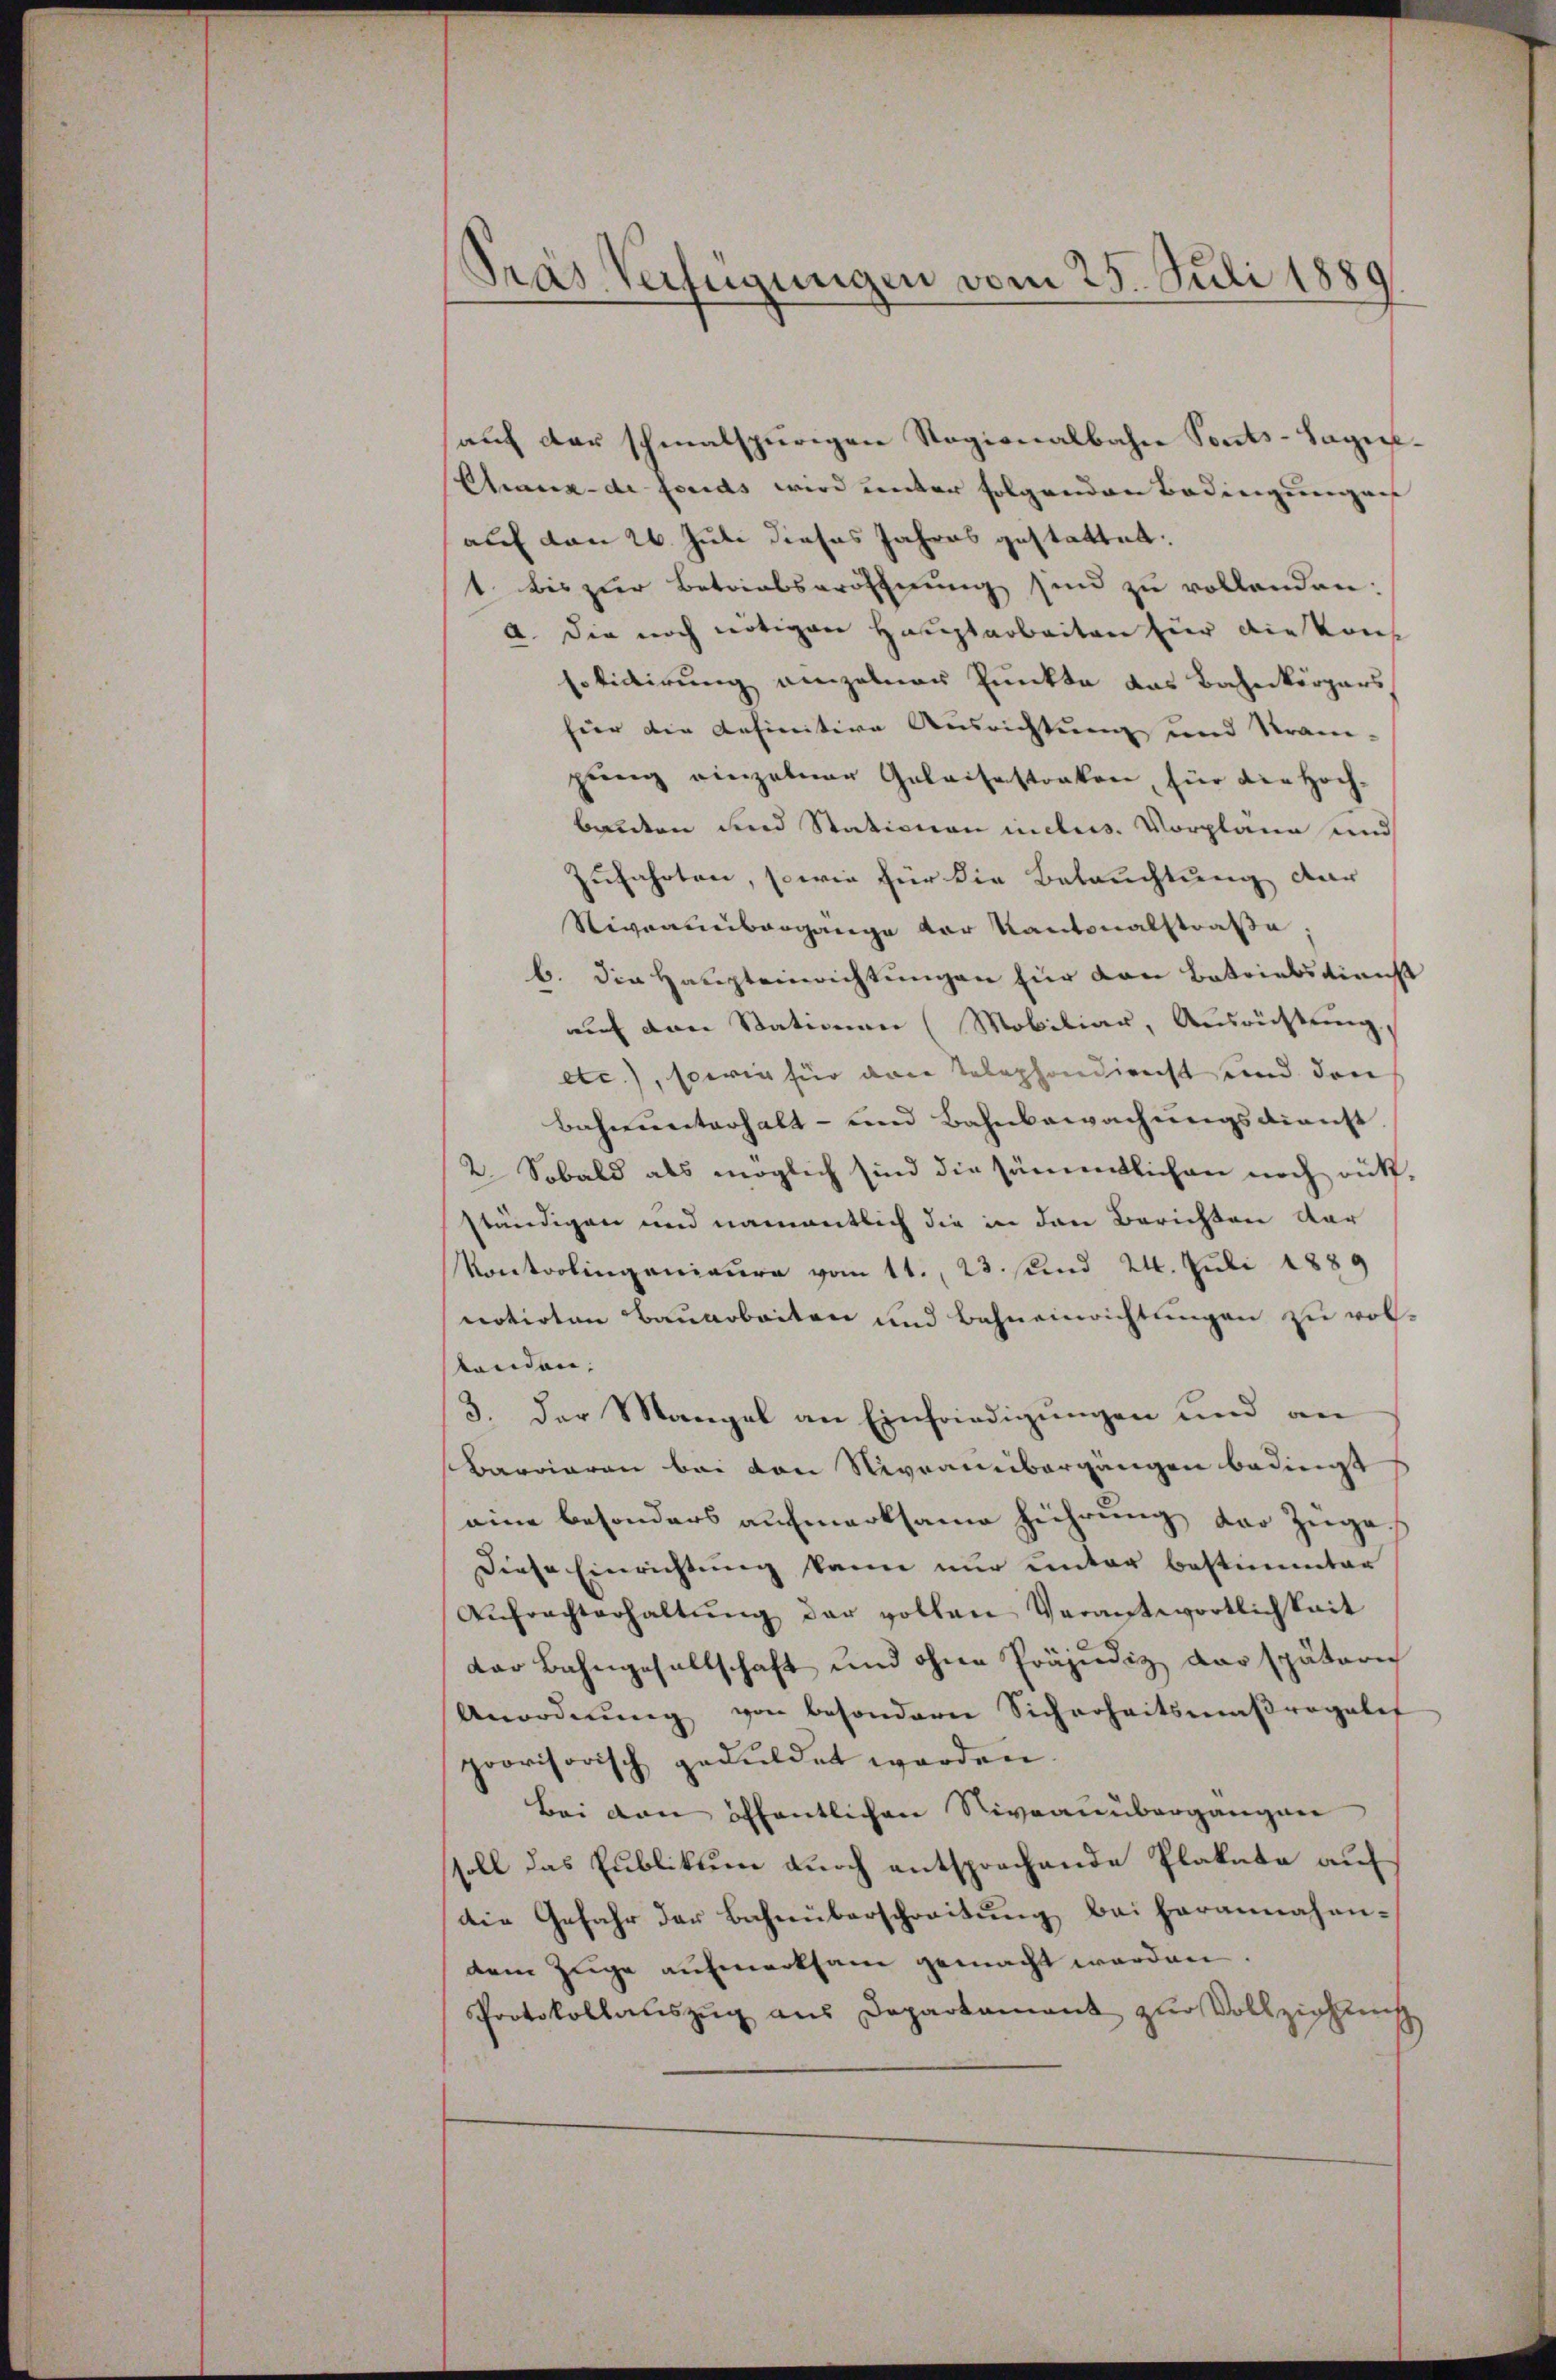
Sies Verfügungen vom 25. Juli 1889

auf der schmalspurigen Ragionalbahn Ponts-Sage¬
Chaux-de fonds wird unter folgenden Bedingung au
auf den 26. Juli dieses Jahres gestattet.
1. bis zŭr Betriebseröffnŭng sind zu vollanden:
a. Die noch nötigen Hauptarbeiten für die Kont
solidirung einzelnen Punkte das Bahnkörpers
für die definitive Ausrichtung und Kram-
pung einzelner Geleisestraken, für die Hochbauten und Stationen insbes. Vorplane und
Zufahrten, sowie für die Betruchtung dar
Sivrainbergange vor Kantonalstraße;
b. Die Haupteinrichtungen hier den Betriebsdienst
auf den Stationen (Mobiliar, Ausrichtung.
etc.), sowie für die Telephondienst und den
Bahnunterhalt- und Bahnbewachungsdienst
2. Sobald als möglich sind die sämmtlichen noch rükständigen und namentlich die in den Berichten dar
Kontrolingenieure vom 11. 23. und 24. Juli 1889
notirten Bauarbeiten und Bahneinrichtungen zu vol-
tenden.
3. Der Mangel an Einfriedigungen und an
Barrieren bei von Nivrainbergängen bedingt
eine besonders aufmerksame führung der Zuge
Diese Einrichtung kann nur unter bestimmter
Aŭfrachterhaltŭng der vollen Verantwortlichkeit
Der Bahngesellschaft und ohne Präjudiz das spätern
Anordnŭng von besondern Sicherheitsmaβragalet
provisorisch geduldet worden.
Bei den öffentlichen Niveauübergangen
soll das Publikum durch entsprochende Plakate auf
die Gefahr der Bahnüberschreitŭng bei herannahe-
dem Zuge aufmerksam gemacht werden.
Protokollauszug aus Departament zur Vollziehung